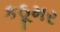
કઠૂમર